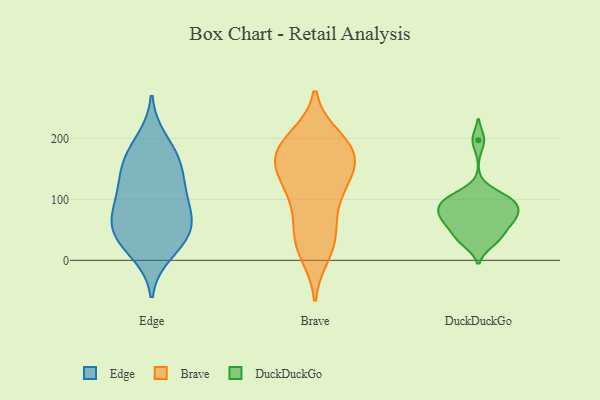
{"axis": {"x": "Waste Production (Tons)", "y": "Value"}, "legend": ["Brave", "DuckDuckGo", "Edge"], "data": [{"x": "", "y": 167, "type": "Edge"}, {"x": "", "y": 165, "type": "Edge"}, {"x": "", "y": 151, "type": "Edge"}, {"x": "", "y": 59, "type": "Edge"}, {"x": "", "y": 12, "type": "Edge"}, {"x": "", "y": 197, "type": "Edge"}, {"x": "", "y": 102, "type": "Edge"}, {"x": "", "y": 49, "type": "Edge"}, {"x": "", "y": 62, "type": "Edge"}, {"x": "", "y": 41, "type": "Edge"}, {"x": "", "y": 128, "type": "Edge"}, {"x": "", "y": 107, "type": "Edge"}, {"x": "", "y": 30, "type": "Edge"}, {"x": "", "y": 83, "type": "Edge"}, {"x": "", "y": 27, "type": "Brave"}, {"x": "", "y": 119, "type": "Brave"}, {"x": "", "y": 11, "type": "Brave"}, {"x": "", "y": 165, "type": "Brave"}, {"x": "", "y": 28, "type": "Brave"}, {"x": "", "y": 103, "type": "Brave"}, {"x": "", "y": 200, "type": "Brave"}, {"x": "", "y": 194, "type": "Brave"}, {"x": "", "y": 165, "type": "Brave"}, {"x": "", "y": 125, "type": "Brave"}, {"x": "", "y": 74, "type": "Brave"}, {"x": "", "y": 177, "type": "Brave"}, {"x": "", "y": 49, "type": "Brave"}, {"x": "", "y": 139, "type": "Brave"}, {"x": "", "y": 189, "type": "Brave"}, {"x": "", "y": 154, "type": "Brave"}, {"x": "", "y": 179, "type": "Brave"}, {"x": "", "y": 92, "type": "DuckDuckGo"}, {"x": "", "y": 100, "type": "DuckDuckGo"}, {"x": "", "y": 61, "type": "DuckDuckGo"}, {"x": "", "y": 91, "type": "DuckDuckGo"}, {"x": "", "y": 197, "type": "DuckDuckGo"}, {"x": "", "y": 70, "type": "DuckDuckGo"}, {"x": "", "y": 29, "type": "DuckDuckGo"}, {"x": "", "y": 35, "type": "DuckDuckGo"}, {"x": "", "y": 98, "type": "DuckDuckGo"}, {"x": "", "y": 62, "type": "DuckDuckGo"}, {"x": "", "y": 80, "type": "DuckDuckGo"}, {"x": "", "y": 41, "type": "DuckDuckGo"}, {"x": "", "y": 110, "type": "DuckDuckGo"}, {"x": "", "y": 71, "type": "DuckDuckGo"}]}